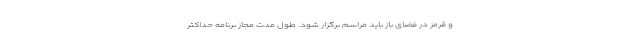
و قرمز در فضای باز باید مراسم برگزار شود. طول مدت مجاز برنامه حداکثر